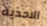
الاحذية